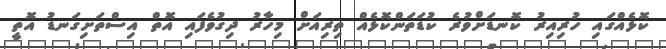
ކޮޅެއްގައި ހުރިއިރު ކޮނޑަށްވުރެ ކުޑަތަންކޮޅެއް ތިރިއަށް މިހާރު ދިގުވެފައި އޮތް އިސްތަށިގަނޑު އޮތީ